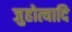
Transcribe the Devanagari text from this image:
जुहोत्यादि